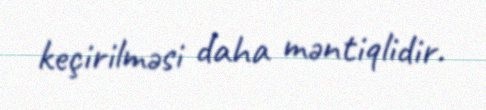
keçirilməsi daha məntiqlidir.